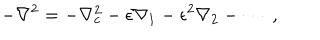
- \nabla ^ { 2 } = - \nabla _ { c } ^ { 2 } - \epsilon \nabla _ { 1 } - \epsilon ^ { 2 } \nabla _ { 2 } - \cdots \; ,